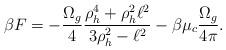
LaTeX: \begin{align*}\beta F =-{\Omega_g\over 4}{\rho_h^4 +\rho_h^2 \ell^2\over 3\rho_h^2 -\ell^2}-\beta \mu_c {\Omega_g\over 4\pi}.\end{align*}